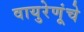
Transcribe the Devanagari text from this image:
वायुरेणूंचे